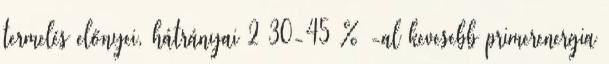
termelés előnyei, hátrányai 2 30-45 % -al kevesebb primerenergia